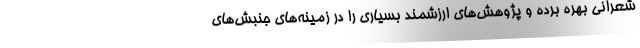
شعرانی بهره برده و پژوهش‌های ارزشمند بسیاری را در زمینه‌های جنبش‌های